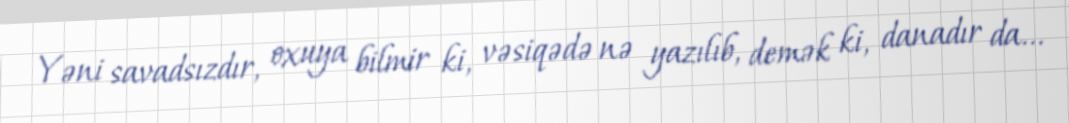
Yəni savadsızdır, oxuya bilmir ki, vəsiqədə nə yazılıb, demək ki, danadır da...